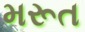
મરૂત